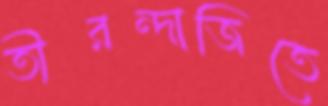
তীরন্দাজিতে